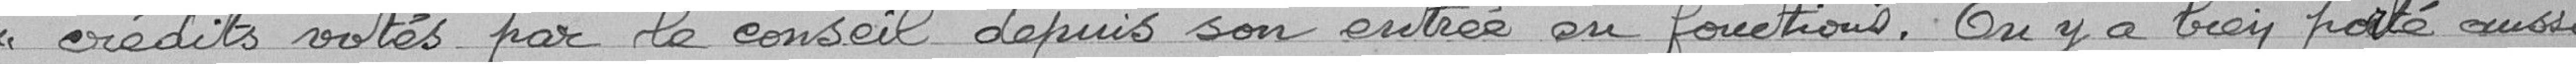
crédits votés par le conseil depuis son entrée en fonctions. On y a bien porté aussi